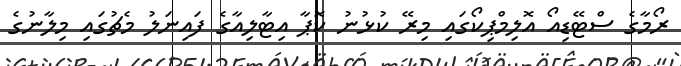
ރޯމާގެ ސްޓޭޑިއޯ އޮލިމްޕިކޯގައި މިރޭ ކުޅުނު ކޮޕާ އިޓާލިއާގެ ފައިނަލު މެޗުގައި މިލާނުގެ